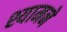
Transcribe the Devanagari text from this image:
श्यामने